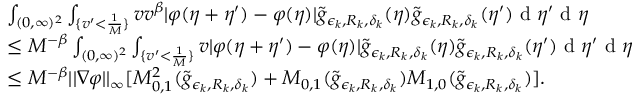
\begin{array} { r l } & { \int _ { ( 0 , \infty ) ^ { 2 } } \int _ { \{ v ^ { \prime } < \frac { 1 } { M } \} } v v ^ { \beta } | \varphi ( \eta + \eta ^ { \prime } ) - \varphi ( \eta ) | \tilde { g } _ { \epsilon _ { k } , R _ { k } , \delta _ { k } } ( \eta ) \tilde { g } _ { \epsilon _ { k } , R _ { k } , \delta _ { k } } ( \eta ^ { \prime } ) \textup { d } \eta ^ { \prime } \textup { d } \eta } \\ & { \leq M ^ { - \beta } \int _ { ( 0 , \infty ) ^ { 2 } } \int _ { \{ v ^ { \prime } < \frac { 1 } { M } \} } v | \varphi ( \eta + \eta ^ { \prime } ) - \varphi ( \eta ) | \tilde { g } _ { \epsilon _ { k } , R _ { k } , \delta _ { k } } ( \eta ) \tilde { g } _ { \epsilon _ { k } , R _ { k } , \delta _ { k } } ( \eta ^ { \prime } ) \textup { d } \eta ^ { \prime } \textup { d } \eta } \\ & { \leq M ^ { - \beta } | | \nabla { \varphi } | | _ { \infty } [ M _ { 0 , 1 } ^ { 2 } ( \tilde { g } _ { \epsilon _ { k } , R _ { k } , \delta _ { k } } ) + M _ { 0 , 1 } ( \tilde { g } _ { \epsilon _ { k } , R _ { k } , \delta _ { k } } ) M _ { 1 , 0 } ( \tilde { g } _ { \epsilon _ { k } , R _ { k } , \delta _ { k } } ) ] . } \end{array}